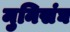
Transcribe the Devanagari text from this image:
मुनिसंघ